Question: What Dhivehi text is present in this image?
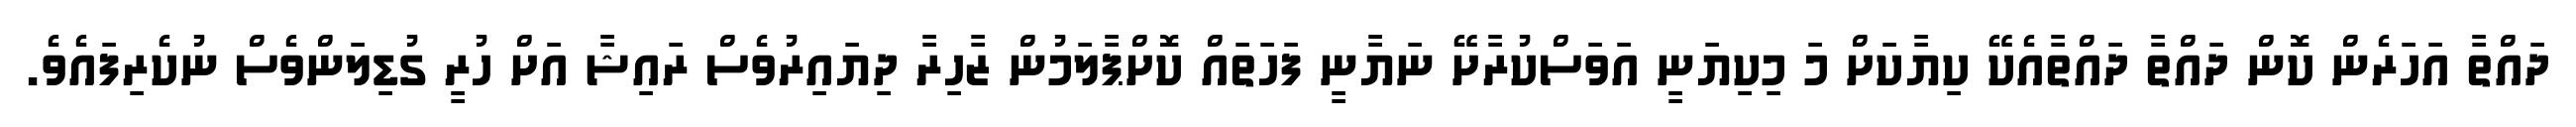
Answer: ދައްތާ އަހަރެން ކޮން ދައްތާ ދައްތާއެކޭ ކިޔާކަށް މަ މިކިޔަނީ އަވަސްކުރާށޭ ނަޔާނީ ފަހަތައް ކޮށްޕާލަމުން ޒާހިރާ ދިޔައިރުވެސް ރައިޝާ އަށް ހުރީ ގުޑިލަންވެސް ނުކެރިފައެވެ.